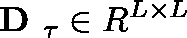
\textbf { D } _ { \mathbf { \tau } } \in \mathbb { R } ^ { L \times L }